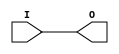
// $Header: /devl/xcs/repo/env/Databases/CAEInterfaces/verunilibs/data/unisims/BUFG.v,v 1.5.158.1 2007/03/09 18:13:02 patrickp Exp $
///////////////////////////////////////////////////////////////////////////////
// Copyright (c) 1995/2004 Xilinx, Inc.
// All Right Reserved.
///////////////////////////////////////////////////////////////////////////////
//   ____  ____
//  /   /\/   /
// /___/  \  /    Vendor : Xilinx
// \   \   \/     Version : 8.1i (I.13)
//  \   \         Description : Xilinx Functional Simulation Library Component
//  /   /                  Global Clock Buffer
// /___/   /\     Filename : BUFG.v
// \   \  /  \    Timestamp : Thu Mar 25 16:42:14 PST 2004
//  \___\/\___\
//
// Revision:
//    03/23/04 - Initial version.
// End Revision

`timescale  100 ps / 10 ps


module BUFG (O, I);

    output O;

    input  I;

	buf B1 (O, I);


endmodule